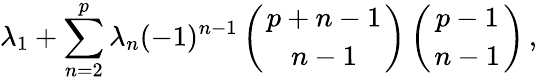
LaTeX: \lambda_{1}+\sum_{n=2}^{p}\lambda_{n}(-1)^{n-1}\left({p+n-1\atop n-1}\right)\left({p-1\atop n-1}\right)\, ,